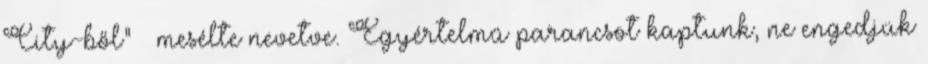
City-ből” – mesélte nevetve. Egyértelmű parancsot kaptunk, ne engedjük